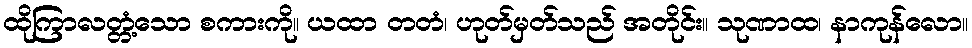
ထိုကြာလတ္တံ့သော စကားကို။ ယထာ တတံ၊ ဟုတ်မှတ်သည် အတိုင်း။ သုဏာထ၊ နာကုန်လော။